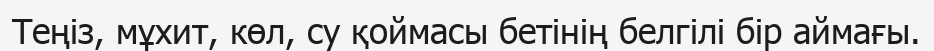
Теңіз, мұхит, көл, су қоймасы бетінің белгілі бір аймағы.